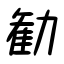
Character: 勧